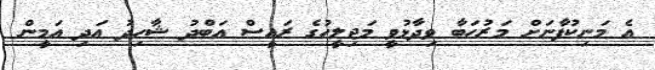
އެ މަނިކުފާނަށް މަރުހަބާ ވިދާޅުވީ މަޖިލީހުގެ ރައީސް އަބްދު ޝާހިދު އަދި އަމީން